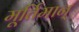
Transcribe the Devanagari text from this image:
मूर्तिमान्‌